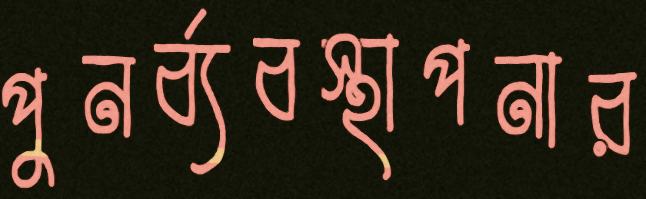
পুনর্ব্যবস্থাপনার